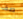
صف